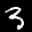
Label: 3